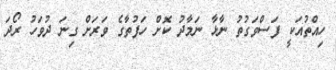
ހިއްތުއަކީ ފަސްވަގުތު ނާޅާ ނަމާދު ކޮށް ހަފުތާގެ ވަރަށް ގިނަ ދުވަހު ރޯދަ